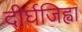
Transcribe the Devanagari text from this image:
दीर्घजिह्वा